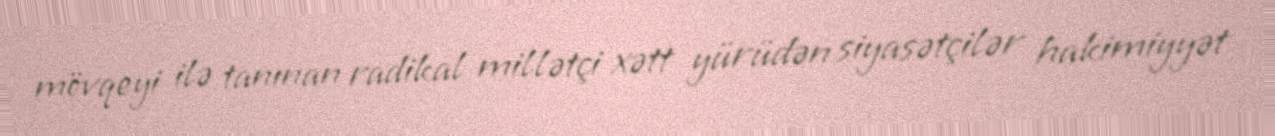
mövqeyi ilə tanınan radikal millətçi xətt yürüdən siyasətçilər hakimiyyət